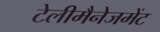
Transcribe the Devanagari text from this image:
टेलीमैनेजमेंट